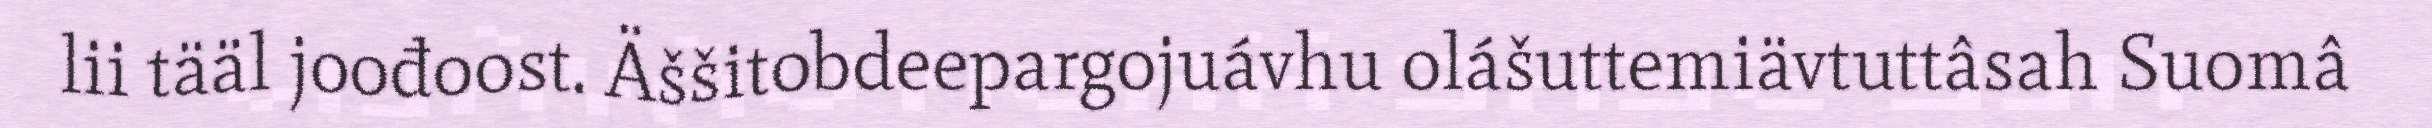
lii tääl joođoost. Äššitobdeepargojuávhu olášuttemiävtuttâsah Suomâ